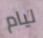
ليام